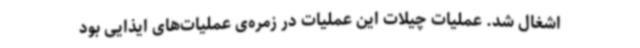
اشغال شد. عملیات چیلات این عملیات در زمره‌ی عملیات‌های ایذایی بود